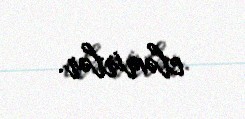
eləmirlər.